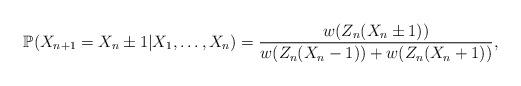
LaTeX: \begin{align*} \mathbb P(X_{n+1}=X_n \pm 1 |X_1,\dotsc,X_n)=\frac{w(Z_n(X_n\pm 1))}{w(Z_n(X_n- 1))+w(Z_n(X_n+1))},\end{align*}